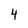
Character: 4